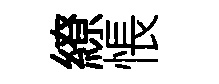
繚悵